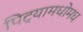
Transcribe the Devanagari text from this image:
पिट्यामधोमध